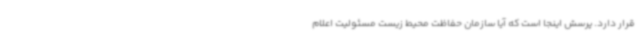
قرار دارد. پرسش اینجا است که آیا سازمان حفاظت محیط زیست مسئولیت اعلام